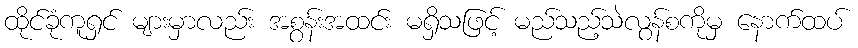
ထိုင်ခုံကူရှင် များမှာလည်း အစွန်းအထင်း မရှိသဖြင့် မည်သည့်သဲလွန်စကိုမှ နောက်ထပ်